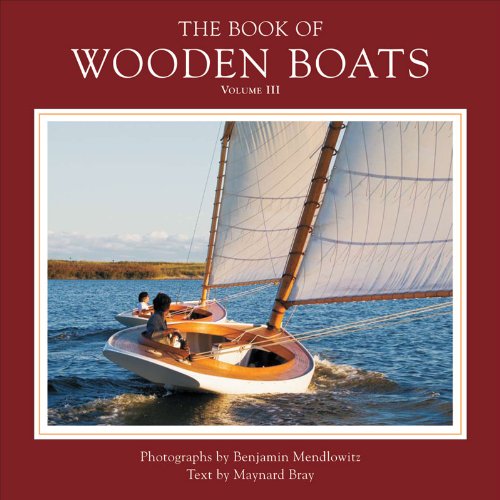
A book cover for The Book of Wooden Boats (Vol. III); Maynard Bray; Arts & Photography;